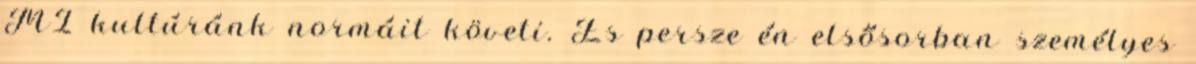
MI kultúránk normáit követi. És persze én elsősorban személyes